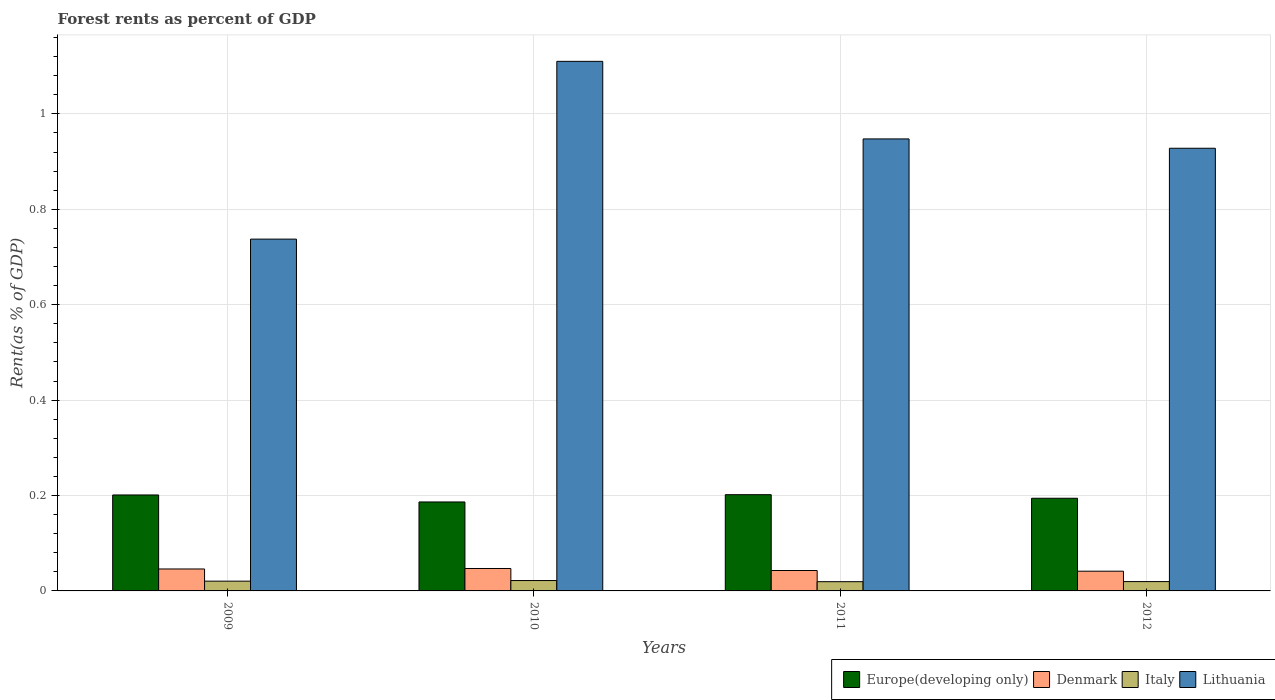
| Years | Europe(developing only) | Denmark | Italy | Lithuania |
 | --- | --- | --- | --- | --- |
 | 2009 | 0.201 | 0.046 | 0.0205 | 0.738 |
 | 2010 | 0.187 | 0.047 | 0.0218 | 1.11 |
 | 2011 | 0.202 | 0.0428 | 0.0194 | 0.948 |
 | 2012 | 0.194 | 0.0413 | 0.0196 | 0.928 |